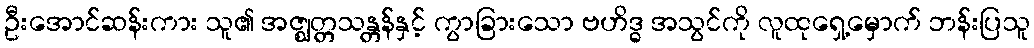
ဦးအောင်ဆန်းကား သူ၏ အဇ္ဈတ္တသန္တန်နှင့် ကွာခြားသော ဗဟိဒ္ဓ အသွင်ကို လူထုရှေ့မှောက် ဘန်းပြသူ